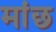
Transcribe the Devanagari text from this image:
मांछ